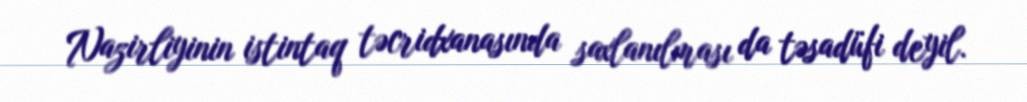
Nazirliyinin istintaq təcridxanasında saxlanılması da təsadüfi deyil.